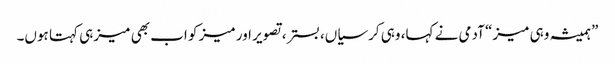
”ہمیشہ وہی میز“ آدمی نے کہا، وہی کرسیاں، بستر، تصویر اور میز کو اب بھی میز ہی کہتا ہوں۔